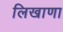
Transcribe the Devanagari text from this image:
लिखाणा